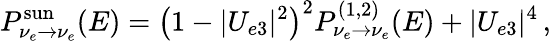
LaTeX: P_{\nu_{e}\to\nu_{e}}^{\mathrm{sun}}(E)=\left(1-|U_{e3}|^{2}\right)^{2}P_{\nu_{e}\to\nu_{e}}^{(1,2)}(E)+|U_{e3}|^{4}\, ,